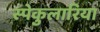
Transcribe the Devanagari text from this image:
स्पेकुलारिया